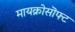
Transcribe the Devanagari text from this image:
मायक्रोसॊफ्ट